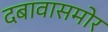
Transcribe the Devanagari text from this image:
दबावासमोर